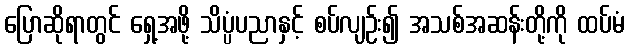
ပြောဆိုရာတွင် ရှေ့အဖို့ သိပ္ပံပညာနှင့် စပ်လျဉ်း၍ အသစ်အဆန်းတို့ကို ထပ်မံ